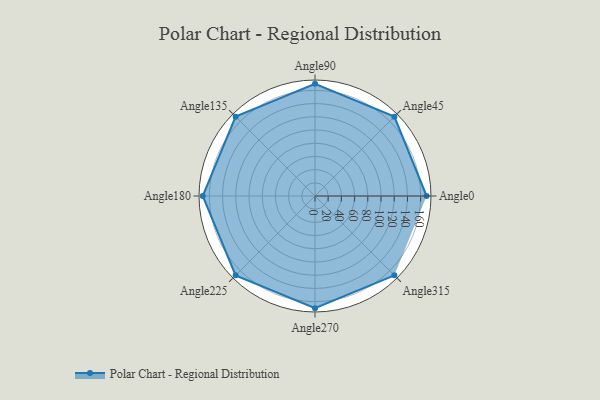
{"axis": {"x": "Angle", "y": "Radius"}, "legend": [""], "data": [{"x": "Angle0", "y": 169.0, "type": ""}, {"x": "Angle45", "y": 170, "type": ""}, {"x": "Angle90", "y": 170, "type": ""}, {"x": "Angle135", "y": 170, "type": ""}, {"x": "Angle180", "y": 170, "type": ""}, {"x": "Angle225", "y": 170, "type": ""}, {"x": "Angle270", "y": 170, "type": ""}, {"x": "Angle315", "y": 170, "type": ""}]}